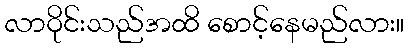
လာဝိုင်းသည်အထိ စောင့်နေမည်လား။